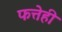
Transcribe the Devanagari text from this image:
फत्तेही